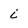
Character: i